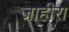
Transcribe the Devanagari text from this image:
जाहीरा